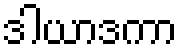
ဒါယာဒကာ